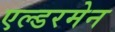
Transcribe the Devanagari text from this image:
एल्डरमेन